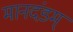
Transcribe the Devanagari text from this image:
मानदंडम्